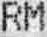
RM